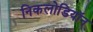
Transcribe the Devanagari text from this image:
निकलोडियॉन